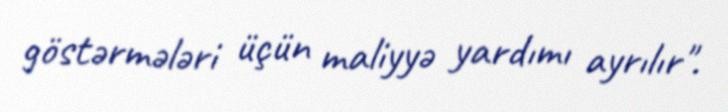
göstərmələri üçün maliyyə yardımı ayrılır".